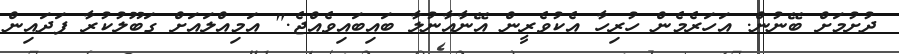
ދުށުމަށް ބޭނުން. އަހަރެމެން ހުރިހާ އެކުވެރީން އޭނާއާނުލާ ބައިބައިވެއްޖެ." އަމިއްލައަށް ގަބޫލުކުރާ ފަދައިން